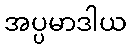
အပ္ပမာဒါယ